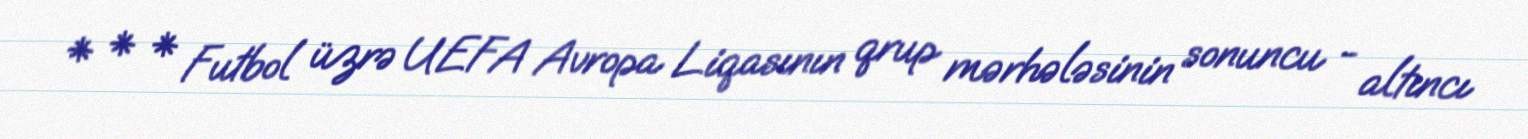
* * * Futbol üzrə UEFA Avropa Liqasının qrup mərhələsinin sonuncu - altıncı